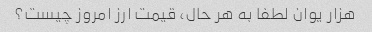
هزار یوان لطفا به هر حال، قیمت ارز امروز چیست؟